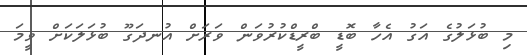
މި ބުޅަލުގެ އަގު އެހާ ބޮޑީ ބްރީޑްކުރުވަން ވަރަށް އުނދަގޫ ބުޅަލަކަށް ވީމަ